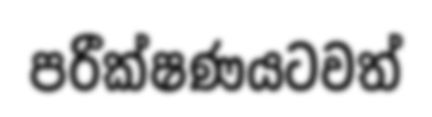
පරීක්ෂණයටවත්